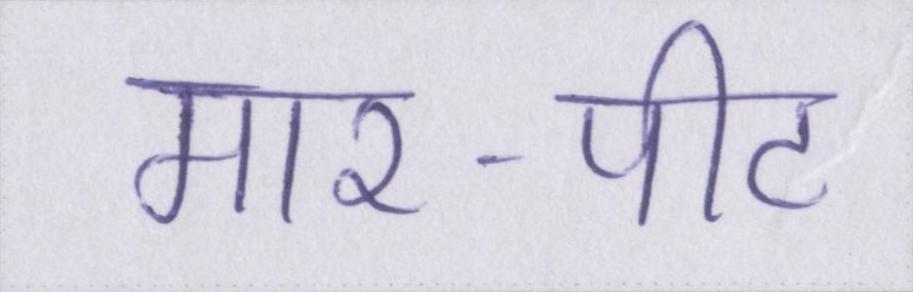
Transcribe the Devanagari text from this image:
मार-पीट